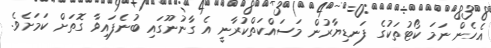
އެހެން ނަމަ ކޯޓުތަކުގެ ފަނޑިޔާރުން މަސައްކަތްކުރާނީ އެ ގާނުނޫގައި ބުނެފައިވާ ގޮތަށް ކަމަށެވެ.